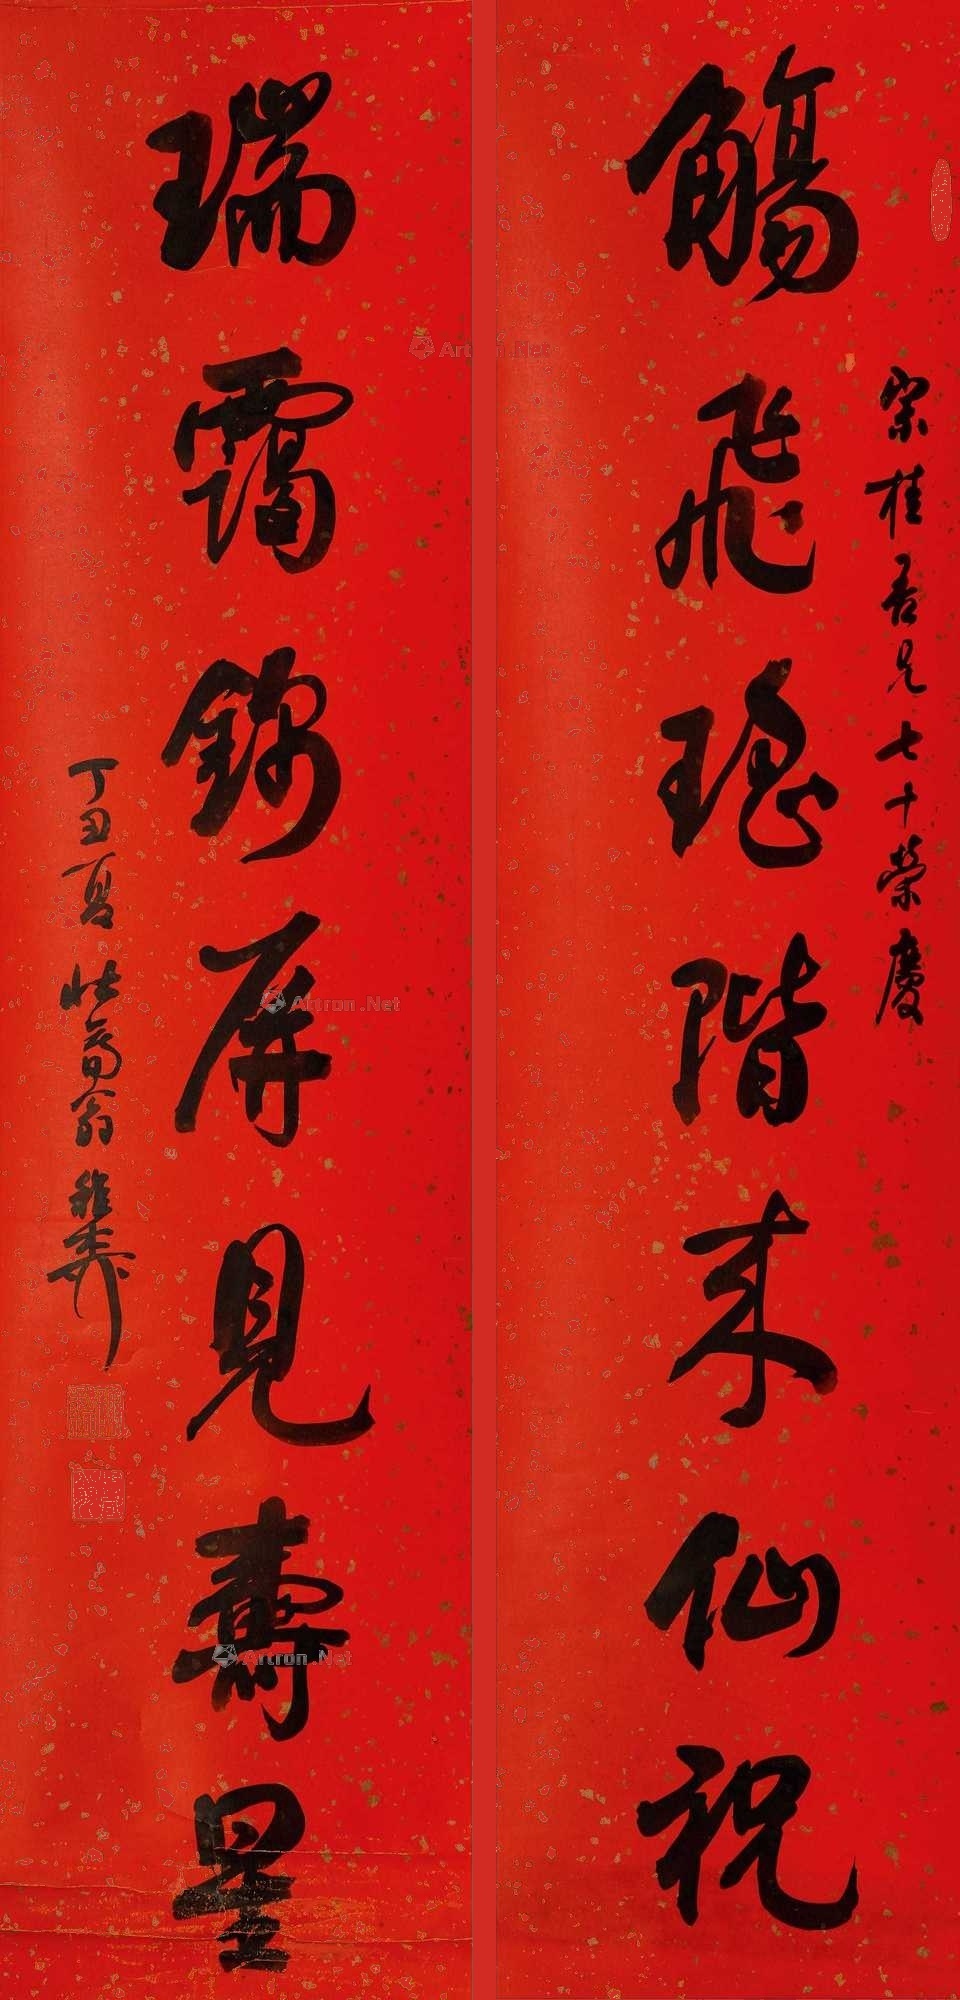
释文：觞飞瑶阶来仙祝，瑞霭锦屏见寿星。宗桂吾兄七十荣庆，丁丑夏，壮暮翁稚柳。